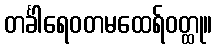
တင်္ခါရေဝတမထေရ်ဝတ္ထု။